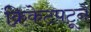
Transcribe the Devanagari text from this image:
क्रिकेटपटूने